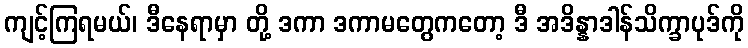
ကျင့်ကြရမယ်၊ ဒီနေရာမှာ တို့ ဒကာ ဒကာမတွေကတော့ ဒီ အဒိန္နာဒါန်သိက္ခာပုဒ်ကို